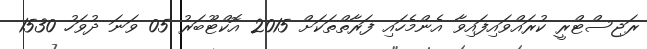
ރަޖިސްޓްރީ ކުރައްވައިފައިވާ އެންމެހައި ފަރާތްތަކަށް 2015 އޮކްޓޫބަރު 05 ވަނަ ދުވަހު 1530